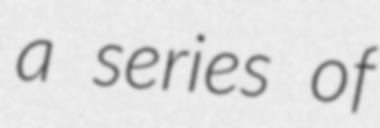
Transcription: a series of